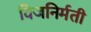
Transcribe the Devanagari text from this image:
विजनिर्मती